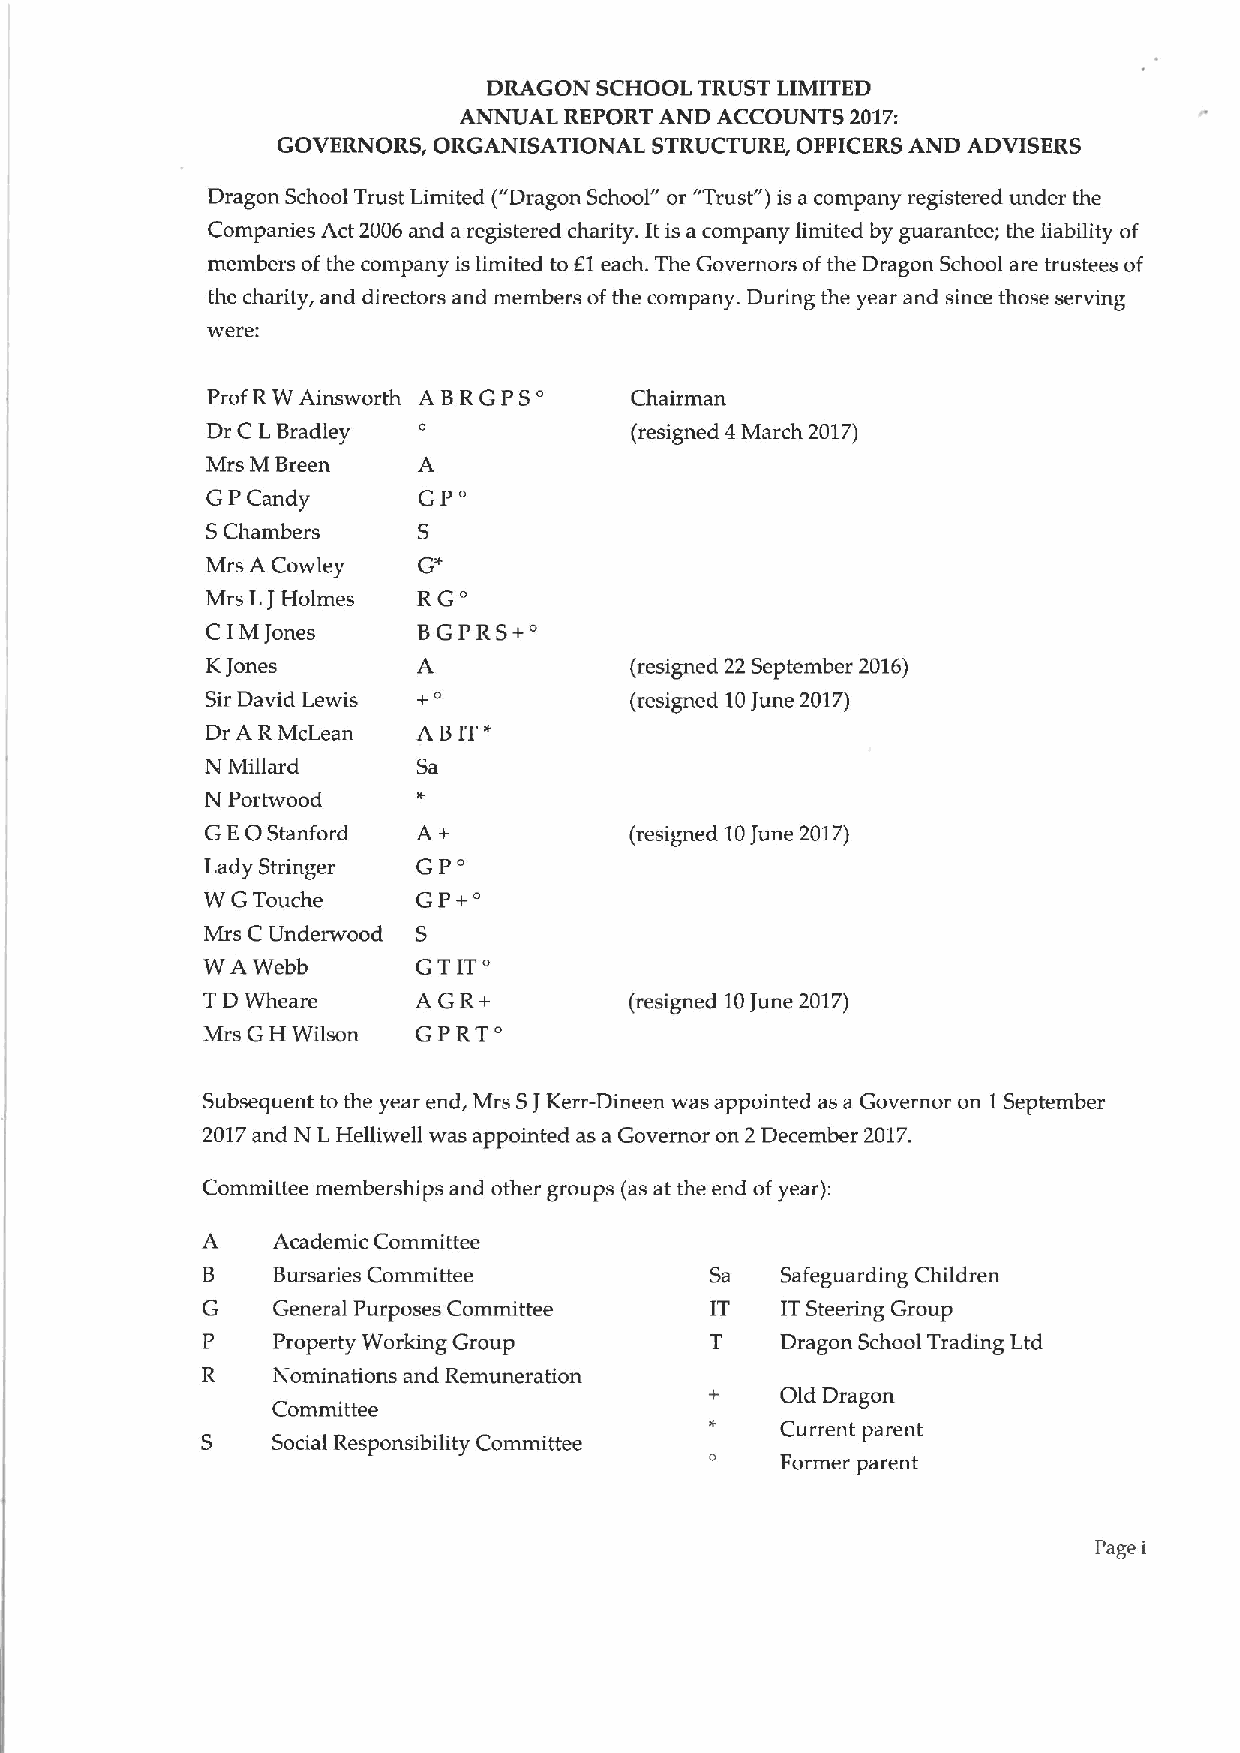
DRAGON SCHOOL TRUST LIMITED
 ANNUAL REPORT AND ACCOUNTS 2017:
 GOVERNORS, ORGANISATIONAL STRUCTURE, OFFICERS AND ADVISERS
 Dragon School Trust Limited (" Dragon School" or "Trust" )is a company registered under the
 Companies Act 2006 and a registered charity. It is a company limited by guarantee; the liability of
 members ofthe company is limited to El each. The Governors ofthe Dragon School are trustees of
 the charity, and directors and members ofthe company. During the year and since those serving
 were:
 ABRGPS'
 Prof RWAinsworth            Chairman
 Dr C LBradley               (resigned 4March 2017)
 Mrs M Breen
 GP'
 GPCandy
 SChambers
 G'
 Mrs A Cowley
 RG'
 Mrs LJHolmes
 BGPRS+'
 C IMJones
 KJones                      (resigned 22 September 2016)
 Sir David Lewis y 0         (resigned 10June 2017)
 BIT'
 Dr A RMcLean  A
 N Millard     Sa
 N Portwood
 0
 GE  Stanford  A+            (resigned 10June 2017)
 GP'
 Lady Stringer
 GP+'
 W GTouche
 Mrs C Underwood S
 '
 WA  Webb       GTIT
 TD Wheare      AGR+          (resigned 10June 2017)
 GPRT'
 Mrs GH Wilson
 Subsequent to the year end, Mrs SJKerr-Dineen was appointed as a Governor on 1September
 2017and N LHelliwell was appointed as a Governor on 2December 2017.
 Committee memberships and other groups (as at the end ofyear):
 A    Academic Committee
 B    Bursaries Committee          Sa   Safeguarding Children
 G    General Purposes Committee   IT   ITSteering Group
 p    Property Working Group            Dragon School Trading Ltd
 R    Nominations and Remuneration
 Old Dragon
 Committee
 Current parent
 S    Social Responsibility Committee
 Former parent
 Page i